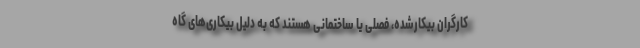
کارگران بیکارشده، فصلی یا ساختمانی هستند که به دلیل بیکاری‌های گاه